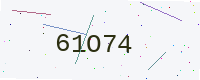
Text: 61O74